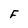
Character: F